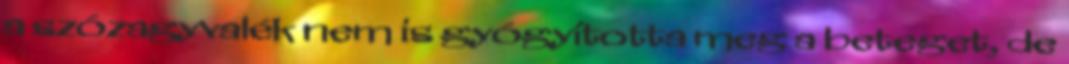
a szózagyvalék nem is gyógyította meg a beteget, de